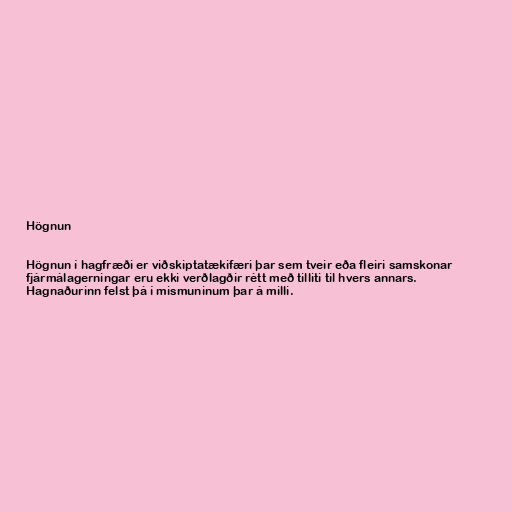
Högnun

Högnun í hagfræði er viðskiptatækifæri þar sem tveir eða fleiri samskonar
fjármálagerningar eru ekki verðlagðir rétt með tilliti til hvers annars.
Hagnaðurinn felst þá í mismuninum þar á milli.